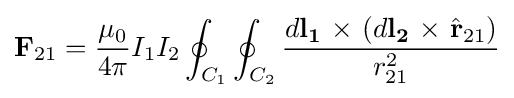
\mathbf {F} _{21}={\frac {\mu _{0}}{4\pi }}I_{1}I_{2}\oint _{C_{1}}\oint _{C_{2}}{\frac {d\mathbf {l_{1}} \ \mathbf {\times } \ (d\mathbf {l_{2}} \ \mathbf {\times } \ {\hat {\mathbf {r} }}_{21})}{r_{21}^{2}}}